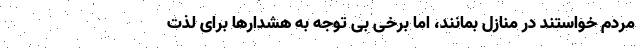
مردم خواستند در منازل بمانند، اما برخی بی توجه به هشدارها برای لذت